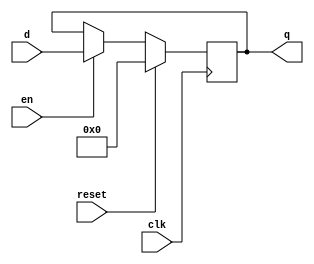
// dff8.v
// Standard D flip-flop, transferring inputs of size DATA_WIDTH

// Inputs:
//
// clk -- clock signal
// reset -- when high, sets output to 0 on clock positive edge
// en -- enable latch
// d -- data input

// Outputs:
//
// q -- data output

module dff8(clk, reset, en, d, q);

    parameter DATA_WIDTH = 8;

    input clk;
    input reset;
    input en;
    input signed [DATA_WIDTH-1:0] d;
    output reg signed [DATA_WIDTH-1:0] q;

    always @(posedge clk) begin

        if (reset) begin
            q <= 0;
        end  // if (reset == 1'b1)

        else if (en) begin
            q <= d;
        end  // else if (en)

        else begin  // expecting this to get synthesized away (remove otherwise)
            q <= q;
        end  // else

    end  // always @(posedge clk)

endmodule  // dff8